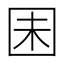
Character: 𫭆